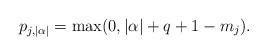
LaTeX: \begin{align*}p_{j,|\alpha|}=\max(0, |\alpha|+q+1-m_j).\end{align*}